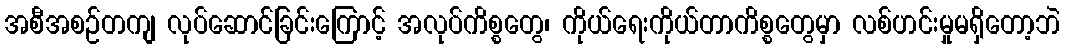
အစီအစဉ်တကျ လုပ်ဆောင်ခြင်းကြောင့် အလုပ်ကိစ္စတွေ၊ ကိုယ်ရေးကိုယ်တာကိစ္စတွေမှာ လစ်ဟင်းမှုမရှိတော့ဘဲ